Annual report of the Punjab Veterinary College and of the Civil Veterinary Department, Punjab - 1894-1908
Year: 1894
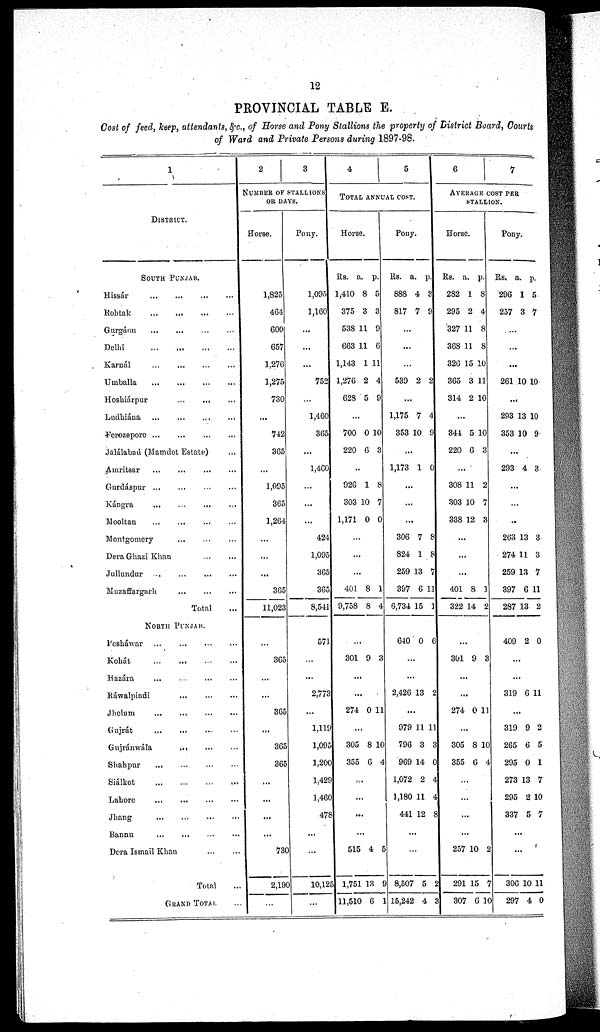
12
PROVINCIAL TABLE E.
Cost of feed, keep, attendants, &c., of Horse and Pony Stallions the property of District Board, Courts
of Ward and Private Persons during 1897-98.
1
DISTRICT.
SOUTH PUNJAB.
Hissár
...
...
...
...
Rohtak
...
...
...
...
Gurgáon ... ... ... ...
Delhi
...
...
...
...
Karnál
... ... ... ...
Umballa ... ... ... ...
Hoshiárpur
...
...
...
Ludhiána ... ... ... ...
Ferozepore ... ... ... ...
Jalálabad (Mamdot Estate) ...
Amritsar ... ... ... ...
Gurdáspur ... ... ... ...
Kángra
...
... ... ...
Mooltan ... ... ... ...
Montgomery ... ... ...
Dera Ghazi Khan ... ...
Jullundur
...
...
...
...
Muzaffargarh ... ... ...
Total
NORTH PUNJAB.
Pesháwar
...
...
...
...
Kohát
... ... ... ...
Hazára ... ... ... ...
Ráwalpindi
... ... ...
Jhelum
... ... ... ...
Gujrát
...
...
...
...
Gujránwála ... ... ...
Shahpur ... ... ... ...
Siálkot
...
...
...
...
Lahore
Jhang
...
...
...
...
Bannu
...
...
...
...
Dera Ismail Khan
...
...
Total ...
GRAND TOTAL ...
2
3
NUMBER OF STALLIONS
OR DAYS.
Horse.
1,825
464
600
657
1,276
1,275
730
...
742
365
...
1,095
365
1,264
...
...
...
365
11,023
...
365
...
...
365
...
365
365
...
...
...
...
730
2,190
...
Pony.
1,095
1,160
...
...
...
752
...
1,460
365
...
1,460
...
...
...
424
1,095
365
365
8,541
571
...
2,773
...
1,119
1,095
1,200
1,429
1,460
478
...
...
10,125
...
4
5
TOTAL ANNUAL COST.
Horse.
Rs.
1,410
375
538
663
1,143
1,276
628
a.
8
3
11
11
1
2
5
p.
5
3
9
6
11
4
9
700
220
0
6
10
3
926
303
1,171
1
10
0
8
7
0
...
...
...
401
9,758
8
8
1
4
...
301 9 3
...
...
274 0 11
...
305
355
8
6
10
4
...
...
...
...
515
1,751
11,510
4
13
6
5
9
1
Pony.
Rs.
888
817
a.
4
7
p.
3
9
...
....
...
539 2 2
...
1,175
353
7
10
4
9
...
1,173 1 0
...
...
...
306
824
259
397
6,734
7
1
13
6
15
8
8
7
11
1
640 0 6
...
2,426 13 2
...
979
796
969
1,072
1,180
441
11
3
14
2
11
12
11
3
0
4
4
8
...
...
8,507
15,242
5
4
2
3
6
7
AVERAGE COST PER
STALLION.
Horse.
Rs.
282
295
327
368
326
365
314
a.
1
2
11
11
15
3
2
p.
8
4
8
8
10
11
10
...
344
220
5
6
10
3
...
308
303
338
11
10
12
2
7
3
...
...
...
401
322
8
14
1
2
...
301 9 3
...
...
274 0 1.1
...
305
355
8
6
10
4
...
...
...
...
257
291
307
10
15
6
2
7
10
Pony.
Rs.
296
257
a.
1
3
p.
5
7
...
...
...
261 10 10
...
293
353
13
10
10
9
...
293 4 3
...
...
...
263
274
259
397
287
13
11
13
6
13
3
3
7
11
2
409 2 0
...
...
319 6 11
...
319
265
295
273
295
337
9
6
0
13
2
5
2
5
1
7
10
7
...
...
306
297
10
4
11
0